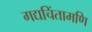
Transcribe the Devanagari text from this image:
गद्यचिंतामणि